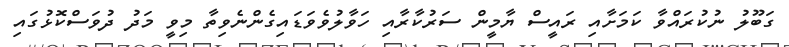
ގަބޫލު ނުކުރައްވާ ކަމަށާއި ރައީސް ޔާމީން ސަރުކާރާއި ހަވާލުވެވަޑައިގެންނެވިތާ މިވީ މަދު ދުވަސްކޮޅުގައި